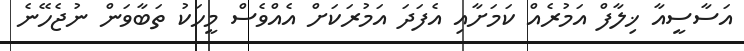
އަސާސީއާ ޚިލާފް އަމުރެއް ކަމަށާއި އެފަދަ އަމުރަކަށް އެއްވެސް މީހަކު ތަބާވަން ނުޖެހޭނެ